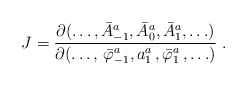
\begin{align*}J = \frac { \partial (\ldots, \bar A_{-1}^a, \bar A_0^a, \bar A_1^a, \ldots ) } { \partial (\ldots, \, \bar \varphi_{-1}^a, a_1^a\,, \bar \varphi_1^a \,, \ldots ) } \;. \end{align*}